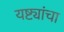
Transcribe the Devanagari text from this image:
यष्ट्यांचा